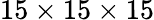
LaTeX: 15\times 15\times 15